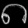
Digit: ၈